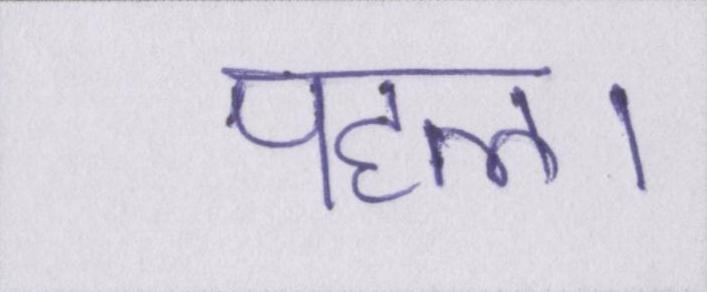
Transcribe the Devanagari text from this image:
पहल।